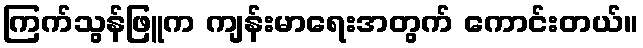
ကြက်သွန်ဖြူက ကျန်းမာရေးအတွက် ကောင်းတယ်။